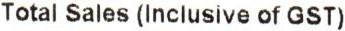
TOTAL SALES (INCLUSIVE OF GST)